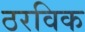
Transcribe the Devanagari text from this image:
ठरविक